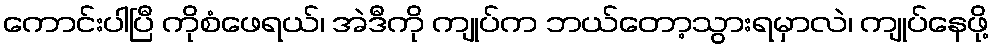
ကောင်းပါပြီ ကိုစံဖေရယ်၊ အဲဒီကို ကျုပ်က ဘယ်တော့သွားရမှာလဲ၊ ကျုပ်နေဖို့